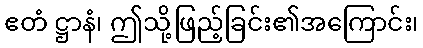
ဧတံ ဋ္ဌာနံ၊ ဤသို့ဖြည့်ခြင်း၏အကြောင်း၊